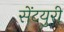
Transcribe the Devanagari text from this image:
सेंटयुरी